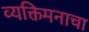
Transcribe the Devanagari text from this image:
व्यक्तिमनाचा